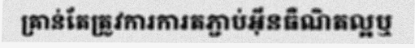
គ្រាន់តែត្រូវការការតភ្ជាប់អ៊ីនធឺណិតល្អឬ